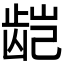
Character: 𬺃